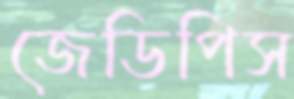
জেডিপিস